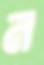
ন